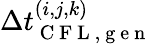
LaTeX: \Delta t_{\mathrm{~C~F~L~,~g~e~n~}}^{(i,j,k)}